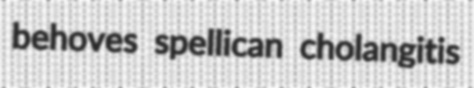
behoves spellican cholangitis